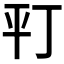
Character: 𢆊